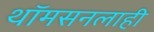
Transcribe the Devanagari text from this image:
थॉमसनलाही